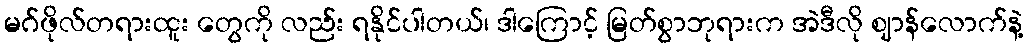
မဂ်ဖိုလ်တရားထူး တွေကို လည်း ရနိုင်ပါတယ်၊ ဒါကြောင့် မြတ်စွာဘုရားက အဲဒီလို ဈာန်လောက်နဲ့